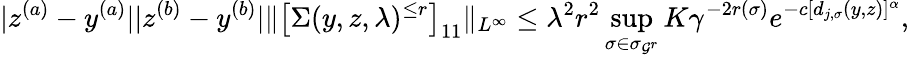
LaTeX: |z^{(a)}-y^{(a)}||z^{(b)}-y^{(b)}|\Vert\big[\Sigma(y,z,\lambda)^{\le r}\big]_{11}\Vert_{L^{\infty}}\le\lambda^{2}r^{2}\operatorname*{sup}_{\sigma\in\sigma_{{\cal G}^{r}}}K\gamma^{-2r(\sigma)}e^{-c[d_{j,\sigma}(y,z)]^{\alpha}},